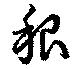
稂